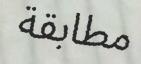
مطابقة